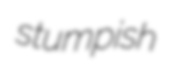
stumpish